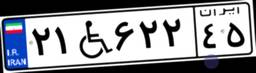
۲۱W۶۲۲۴۵